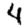
Digit: 4